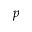
p